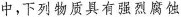
中，下列物质具有强烈腐蚀